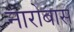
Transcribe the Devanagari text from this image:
नारोबास